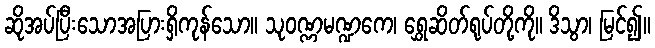
ဆိုအပ်ပြီးသောအပြားရှိကုန်သော။ သုဝဏ္ဏမဏ္ဍကေ၊ ရွှေဆိတ်ရုပ်တို့ကို။ ဒိသွာ၊ မြင်၍။